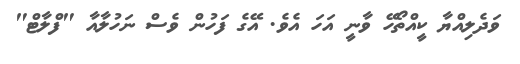
ވަދެލިއްޔާ ކީއްތޯހޭ ވާނީ އަހަ އެވެ. އޭގެ ފަހުން ވެސް ނަހުލާއާ "ފްލާޓް"